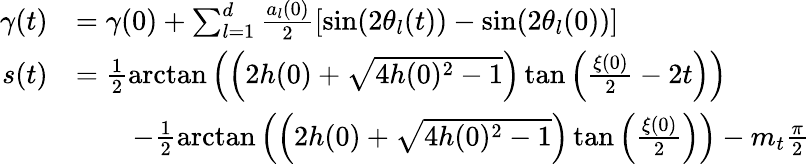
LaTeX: \begin{array}{rl}{\gamma(t)}&{=\gamma(0)+\sum_{l=1}^{d}\frac{a_{l}(0)}{2}\left[\sin(2\theta_{l}(t))-\sin(2\theta_{l}(0))\right]}\\ {s(t)}&{=\frac{1}{2}\arctan\left(\left(2h(0)+\sqrt{4h(0)^{2}-1}\right)\tan\left(\frac{\xi(0)}{2}-2t\right)\right)}\\ &{\qquad-\frac{1}{2}\arctan\left(\left(2h(0)+\sqrt{4h(0)^{2}-1}\right)\tan\left(\frac{\xi(0)}{2}\right)\right)-m_{t}\frac{\pi}{2}}\end{array}